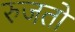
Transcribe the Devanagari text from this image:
रुजतो